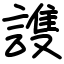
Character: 謢